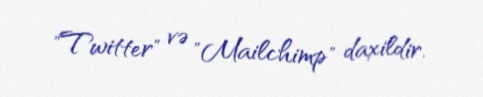
"Twitter" və "Mailchimp" daxildir.